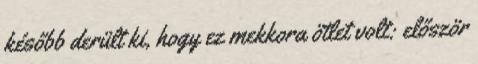
később derült ki, hogy ez mekkora ötlet volt: először